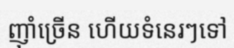
ញុាំច្រើន ហើយទំនេរៗទៅ